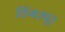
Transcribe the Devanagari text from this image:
डिंगरपूर